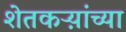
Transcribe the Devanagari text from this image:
शेतकऱ्य़ांच्या